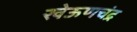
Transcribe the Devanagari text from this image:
खेऊणचंद्र